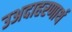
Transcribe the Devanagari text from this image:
उअदाहरणार्थ